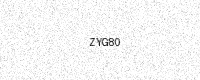
Text: ZYG80